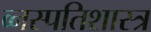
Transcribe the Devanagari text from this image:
व्नस्पतिशास्त्र